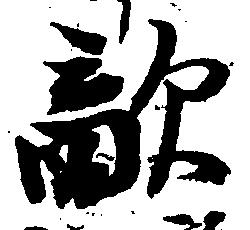
敵